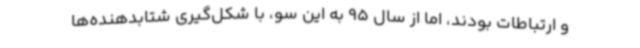
و ارتباطات بودند، اما از سال 95 به این سو، با شکل‌گیری شتابدهنده‌ها